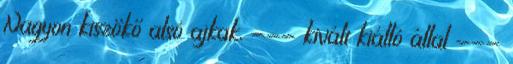
Nagyon kiszökő alsó ajkak, --- kivált kiálló állal ---